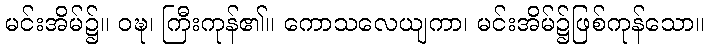
မင်းအိမ်၌။ ဝဍ္ဎ၊ ကြီးကုန်၏။ ကောသလေယျကာ၊ မင်းအိမ်၌ဖြစ်ကုန်သော။